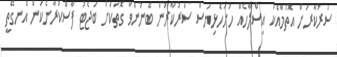
ސަރުކާރަށް އޮތުމާއެކު އިސްލާހެއް ހުށަހެޅިޔަސް ސަރުކާރުން ބޭނުންވާ ގޮތަކަށް ބަޖެޓު ފާސްކުރާނެކަން އެނގޭތީ